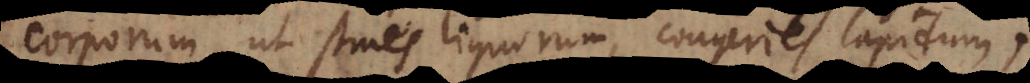
corporum ut strues lignorum, congeries lapidum,